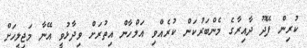
ކުރިން ފޭދޫ ދާއިރާގެ މެންބަރުކަން ކުރެއްވި އަލްހާން އިތުރަށް ވިދާޅުވީ އޭނާ މަޖިލީހަށް